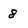
Character: 8